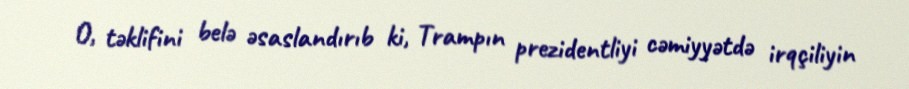
O, təklifini belə əsaslandırıb ki, Trampın prezidentliyi cəmiyyətdə irqçiliyin